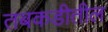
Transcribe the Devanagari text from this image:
तबकडीतील